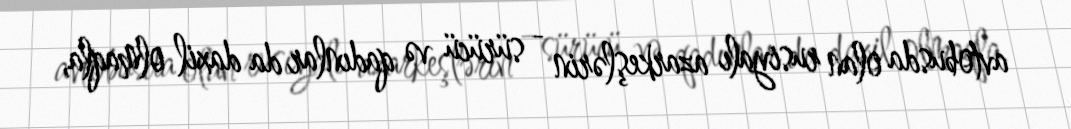
avtobusda olan rusiyalı azarkeşlərin - sürücü və qadınlar da daxil olmaqla,